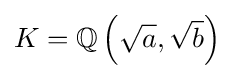
K=\mathbb {Q} \left({\sqrt {a}},{\sqrt {b}}\right)